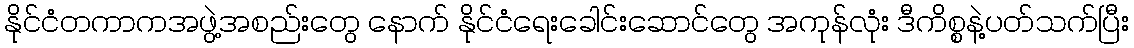
နိုင်ငံတကာကအဖွဲ့အစည်းတွေ နောက် နိုင်ငံရေးခေါင်းဆောင်တွေ အကုန်လုံး ဒီကိစ္စနဲ့ပတ်သက်ပြီး